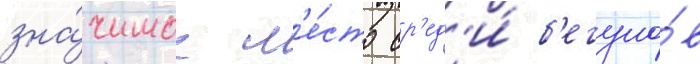
зна́чимое м'е́сто ср'ед'и́ б'егуно́в